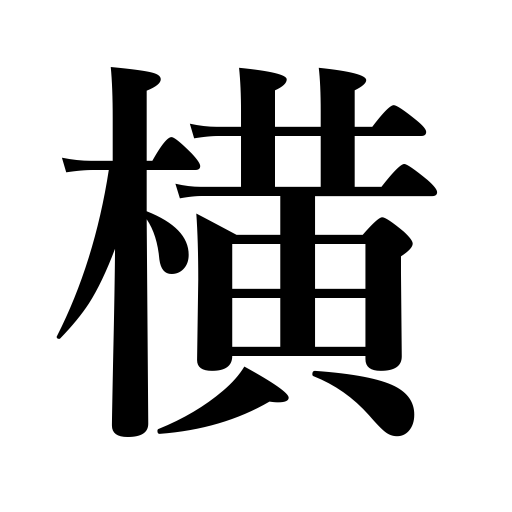
Meanings: woof,flank,side,breadth,horizontal,width,horizontal direction,beam